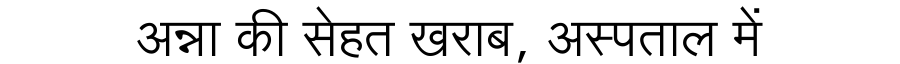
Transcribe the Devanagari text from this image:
अन्ना की सेहत खराब, अस्पताल में